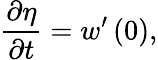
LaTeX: {\frac{\partial\eta}{\partial t}}=w^{\prime}\left(0\right),